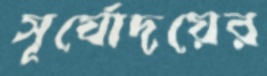
সূর্যোদয়ের